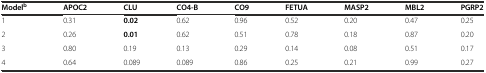
<table><thead><tr><td><b>Model<sup>b</sup></b></td><td><b>APOC2</b></td><td><b>CLU</b></td><td><b>CO4-B</b></td><td><b>CO9</b></td><td><b>FETUA</b></td><td><b>MASP2</b></td><td><b>MBL2</b></td><td><b>PGRP2</b></td></tr></thead><tbody><tr><td>1</td><td>0.31</td><td><b>0.02</b></td><td>0.62</td><td>0.96</td><td>0.52</td><td>0.20</td><td>0.47</td><td>0.25</td></tr><tr><td>2</td><td>0.26</td><td><b>0.01</b></td><td>0.62</td><td>0.51</td><td>0.78</td><td>0.18</td><td>0.87</td><td>0.20</td></tr><tr><td>3</td><td>0.80</td><td>0.19</td><td>0.13</td><td>0.29</td><td>0.14</td><td>0.08</td><td>0.51</td><td>0.17</td></tr><tr><td>4</td><td>0.64</td><td>0.089</td><td>0.089</td><td>0.86</td><td>0.25</td><td>0.21</td><td>0.99</td><td>0.27</td></tr></tbody></table>